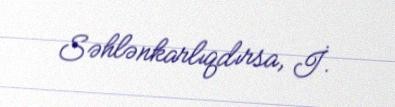
Səhlənkarlıqdırsa, İ.